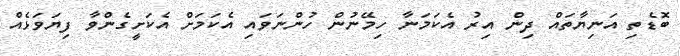
ބޮޑެތި އަނިޔާތައް ދިން އިރު އެކަމަނާ ހިމޭނުން ހުންނަވައި އެކަމަށް އެކަށީގެންވާ ފިޔަވަޅެއް